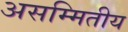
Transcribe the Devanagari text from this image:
असम्मितीय